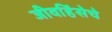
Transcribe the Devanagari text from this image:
जीवहिंसेचे